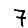
Digit: 7